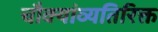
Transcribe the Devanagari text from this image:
चौक्यांव्यतिरिक्त